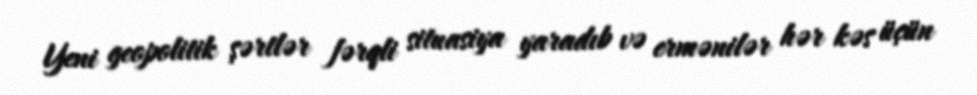
Yeni geopolitik şərtlər fərqli situasiya yaradıb və ermənilər hər kəs üçün